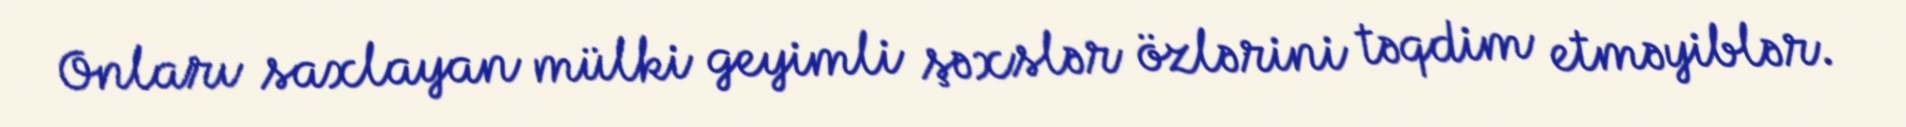
Onları saxlayan mülki geyimli şəxslər özlərini təqdim etməyiblər.